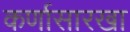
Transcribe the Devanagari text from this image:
कर्णासारखा